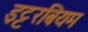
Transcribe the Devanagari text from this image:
इट्टरबियम